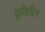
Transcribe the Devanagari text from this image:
धूलिचित्र